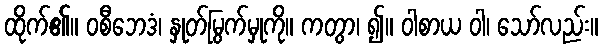
ထိုက်၏။ ဝစီဘေဒံ၊ နှုတ်မြွက်မှုကို။ ကတွာ၊ ၍။ ဝါစာယ ဝါ၊ သော်လည်း။